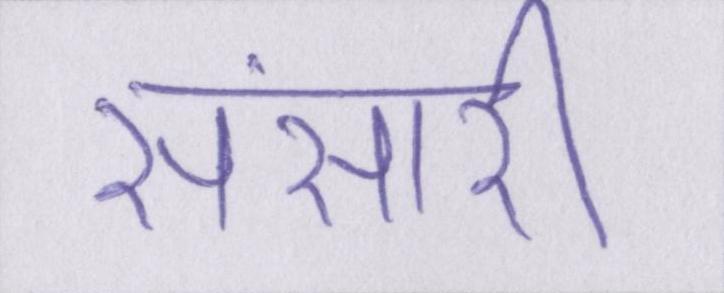
संसारी